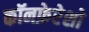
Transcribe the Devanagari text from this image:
कॉनफ़ेरेशो